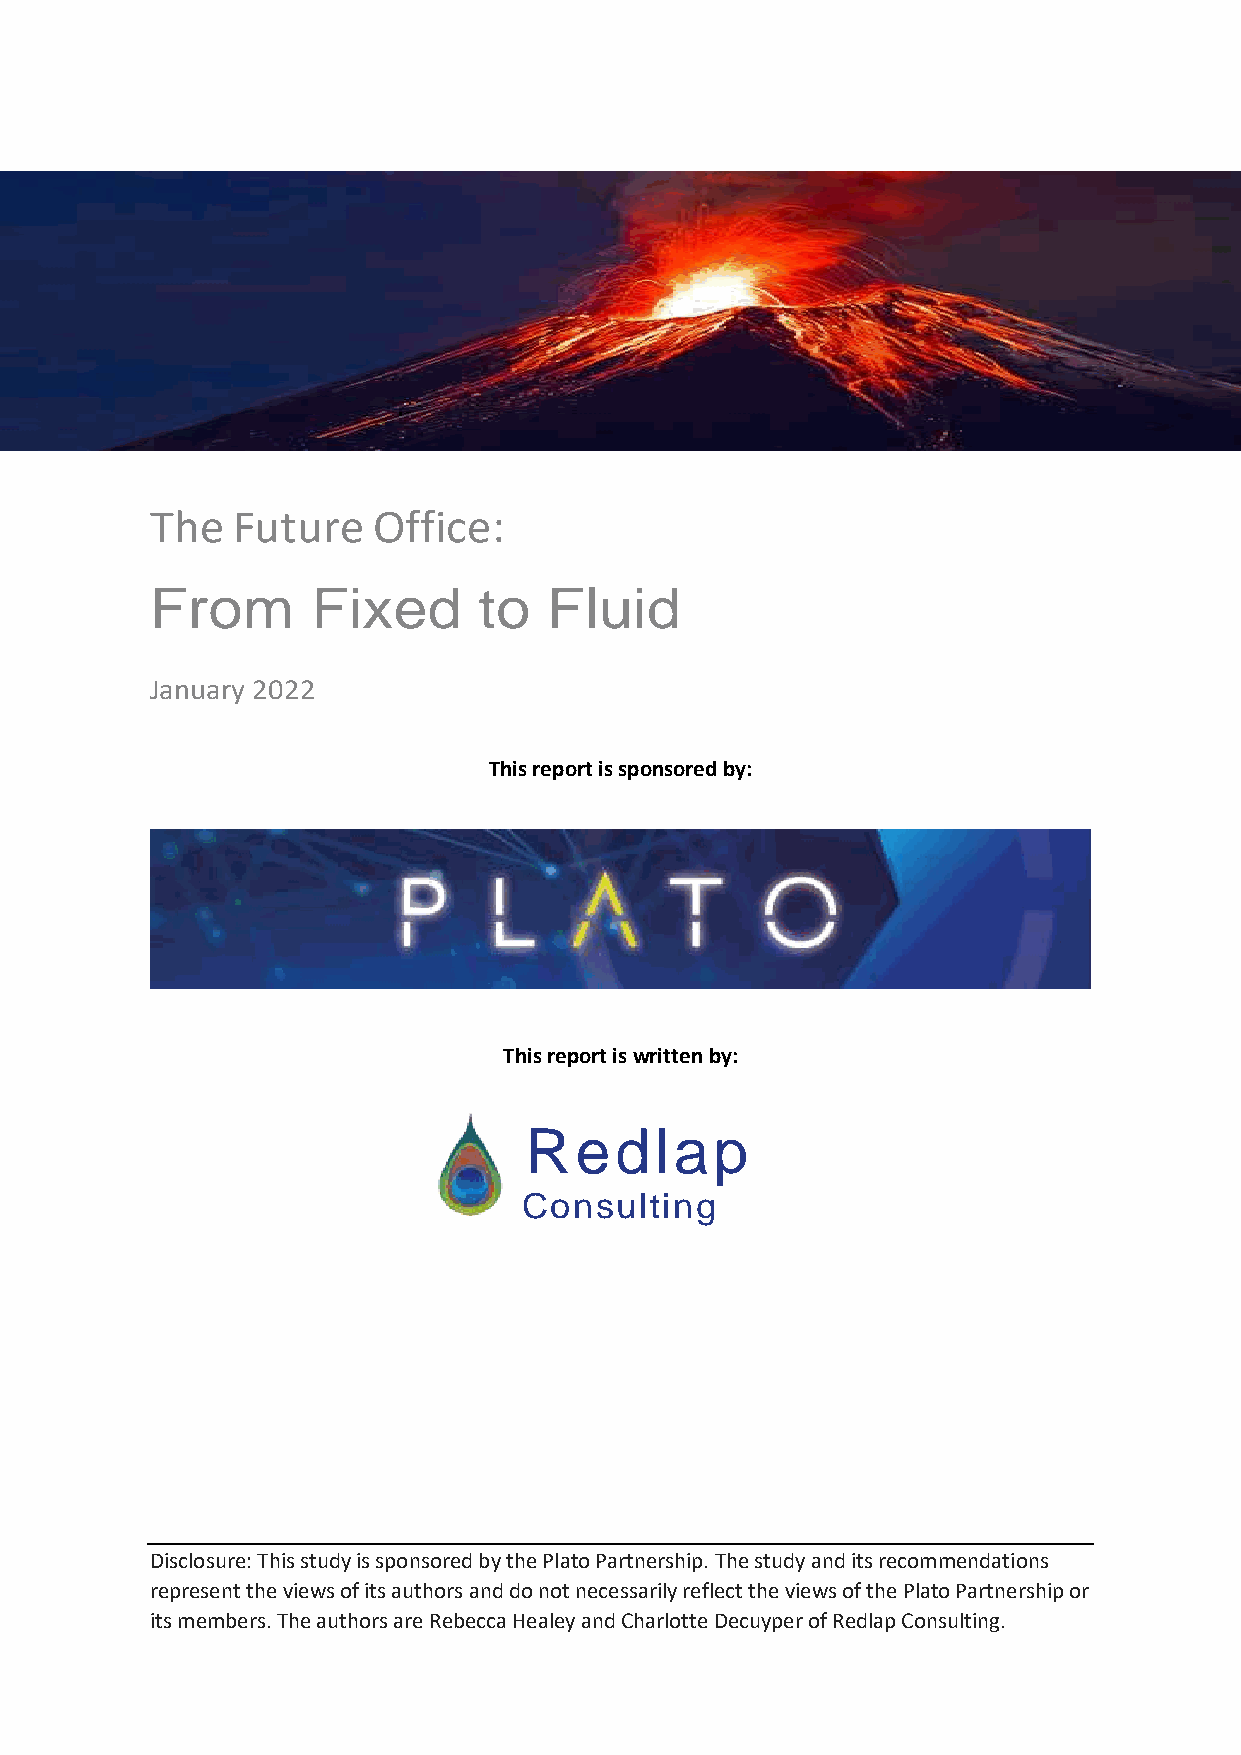
The  Future    Office:
 From       Fixed      to  Fluid
 January 2022
 This report is sponsored by:
 This report is written by:
 Redlap
 Consulting
 Disclosure: This study is sponsored by the Plato Partnership. The study and its recommendations
 represent the views of its authors and do not necessarily reflect the views of the Plato Partnership or
 its members. The authors are Rebecca Healey and Charlotte Decuyper of Redlap Consulting.